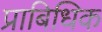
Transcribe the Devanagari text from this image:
प्राबिधिक